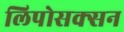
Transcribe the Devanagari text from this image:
लिपोसक्सन